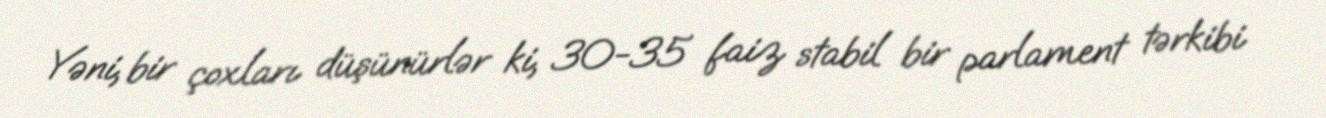
Yəni, bir çoxları düşünürlər ki, 30-35 faiz stabil bir parlament tərkibi